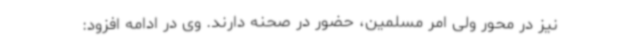
نیز در محور ولی امر مسلمین، حضور در صحنه دارند. وی در ادامه افزود: